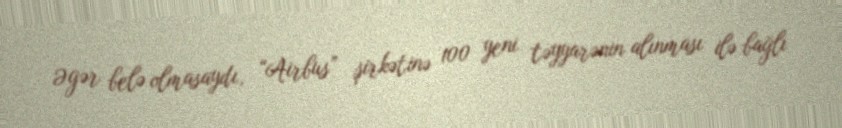
Əgər belə olmasaydı, “Airbus” şirkətinə 100 yeni təyyarənin alınması ilə bağlı